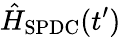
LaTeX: \hat{H}_{\mathrm{SPDC}}(t^{\prime})